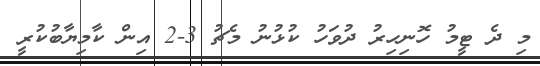
މި ދެ ޓީމު ހޮނިހިރު ދުވަހު ކުޅުނު މެޗު 3-2 އިން ކާމިޔާބުކުރީ